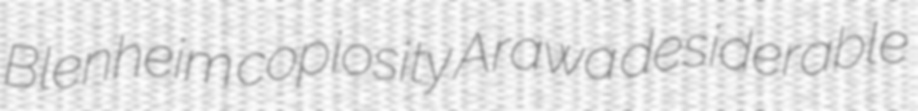
Blenheim copiosity Arawa desiderable